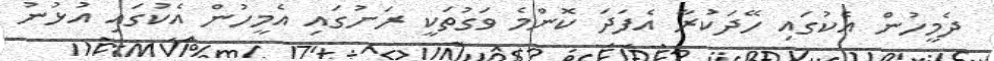
ދެމީހުން އެކުގައި ހޭދަކުރާ އެފަދަ ކޮންމެ ވަގުތަކީ ރަށުގައި އެމީހުން އެކުގައި އުޅުނު